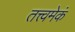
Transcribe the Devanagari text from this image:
तत्त्वमेकं